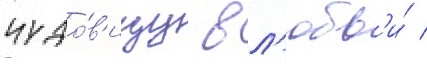
чудо́в'ищу в л'юбв'и́ /